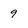
Character: 9